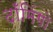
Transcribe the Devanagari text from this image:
दाँमिंगो